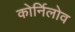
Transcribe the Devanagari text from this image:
कोर्निलोव